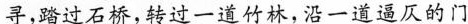
寻,踏过石桥，转过一道竹林，沿一道逼仄的门